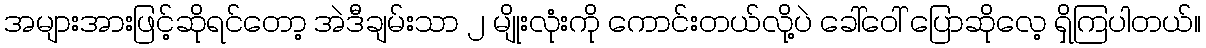
အများအားဖြင့်ဆိုရင်တော့ အဲဒီချမ်းသာ ၂ မျိုးလုံးကို ကောင်းတယ်လို့ပဲ ခေါ်ဝေါ် ပြောဆိုလေ့ ရှိကြပါတယ်။